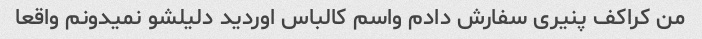
من کراکف پنیری سفارش دادم واسم کالباس اوردید دلیلشو نمیدونم واقعا